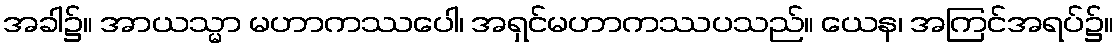
အခါ၌။ အာယသ္မာ မဟာကဿပေါ၊ အရှင်မဟာကဿပသည်။ ယေန၊ အကြင်အရပ်၌။